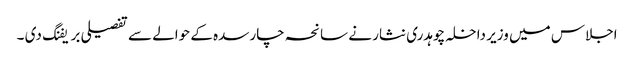
اجلاس میں وزیر داخلہ چوہدری نثار نے سانحہ چارسدہ کے حوالے سے تفصیلی بریفنگ دی ۔